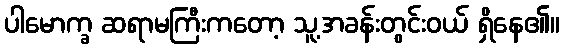
ပါမောက္ခ ဆရာမကြီးကတော့ သူ့အခန်းတွင်းဝယ် ရှိနေ၏။